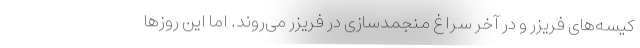
کیسه‌های فریزر و در آخر سراغ منجمدسازی در فریزر می‌روند. اما این روزها